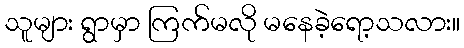
သူများ ရွာမှာ ကြက်မလို မနေခဲ့ရော့သလား။